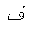
Letter: _fa